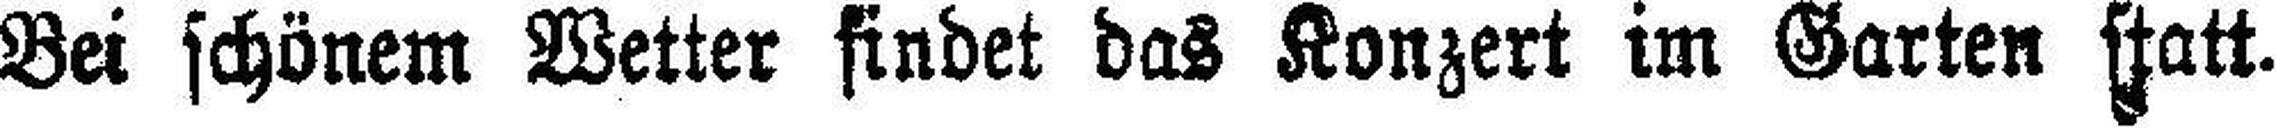
Bei schönem Wetter findet das Konzert im Garten statt.